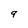
Character: q